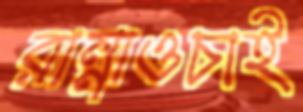
রান্নাওচাই